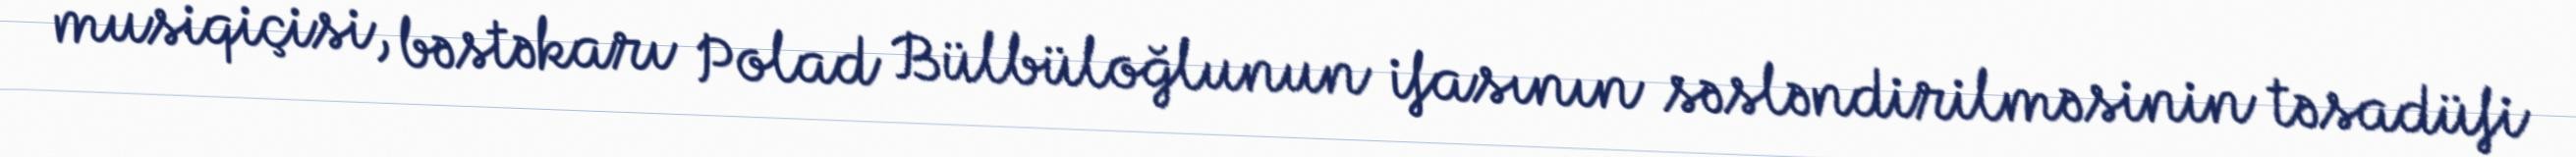
musiqiçisi, bəstəkarı Polad Bülbüloğlunun ifasının səsləndirilməsinin təsadüfi